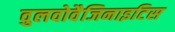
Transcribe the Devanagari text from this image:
वुलवोवैजिनाइटिस